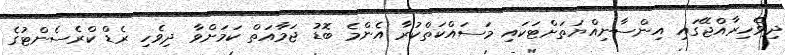
ދިވެހިރާއްޖޭގައި އިންސާނިއްޔަތަށްޓަކައި މަސައްކަތްކުރާ އެންމެ ބޮޑު ޖަމާއަތް ކަމަށްވާ ދިވެހި ރެޑް ކްރެސެންޓުގެ